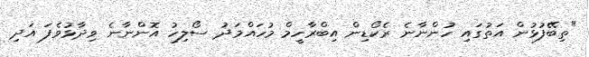
"ތިބޭފުޅުން އަތުގައި ހުންނާނެ ރެކޯޑިން އިބްރާހީމް މުހައްމަދު ސޯލިހު އޮންނާނެ ވިދާޅުވެފަ އަދި